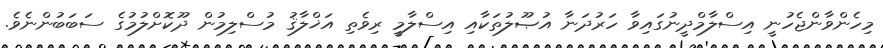
މިހެންވާންޖެހުނީ އިސްލާމްދީނުގައިވާ ހަރުދަނާ އުޞޫލުތަކާއި އިސްލާމީ ރިވެތި އަޚްލާޤު މުސްލިމުން ދޫކޮށްލުމުގެ ސަބަބުންނެވެ.